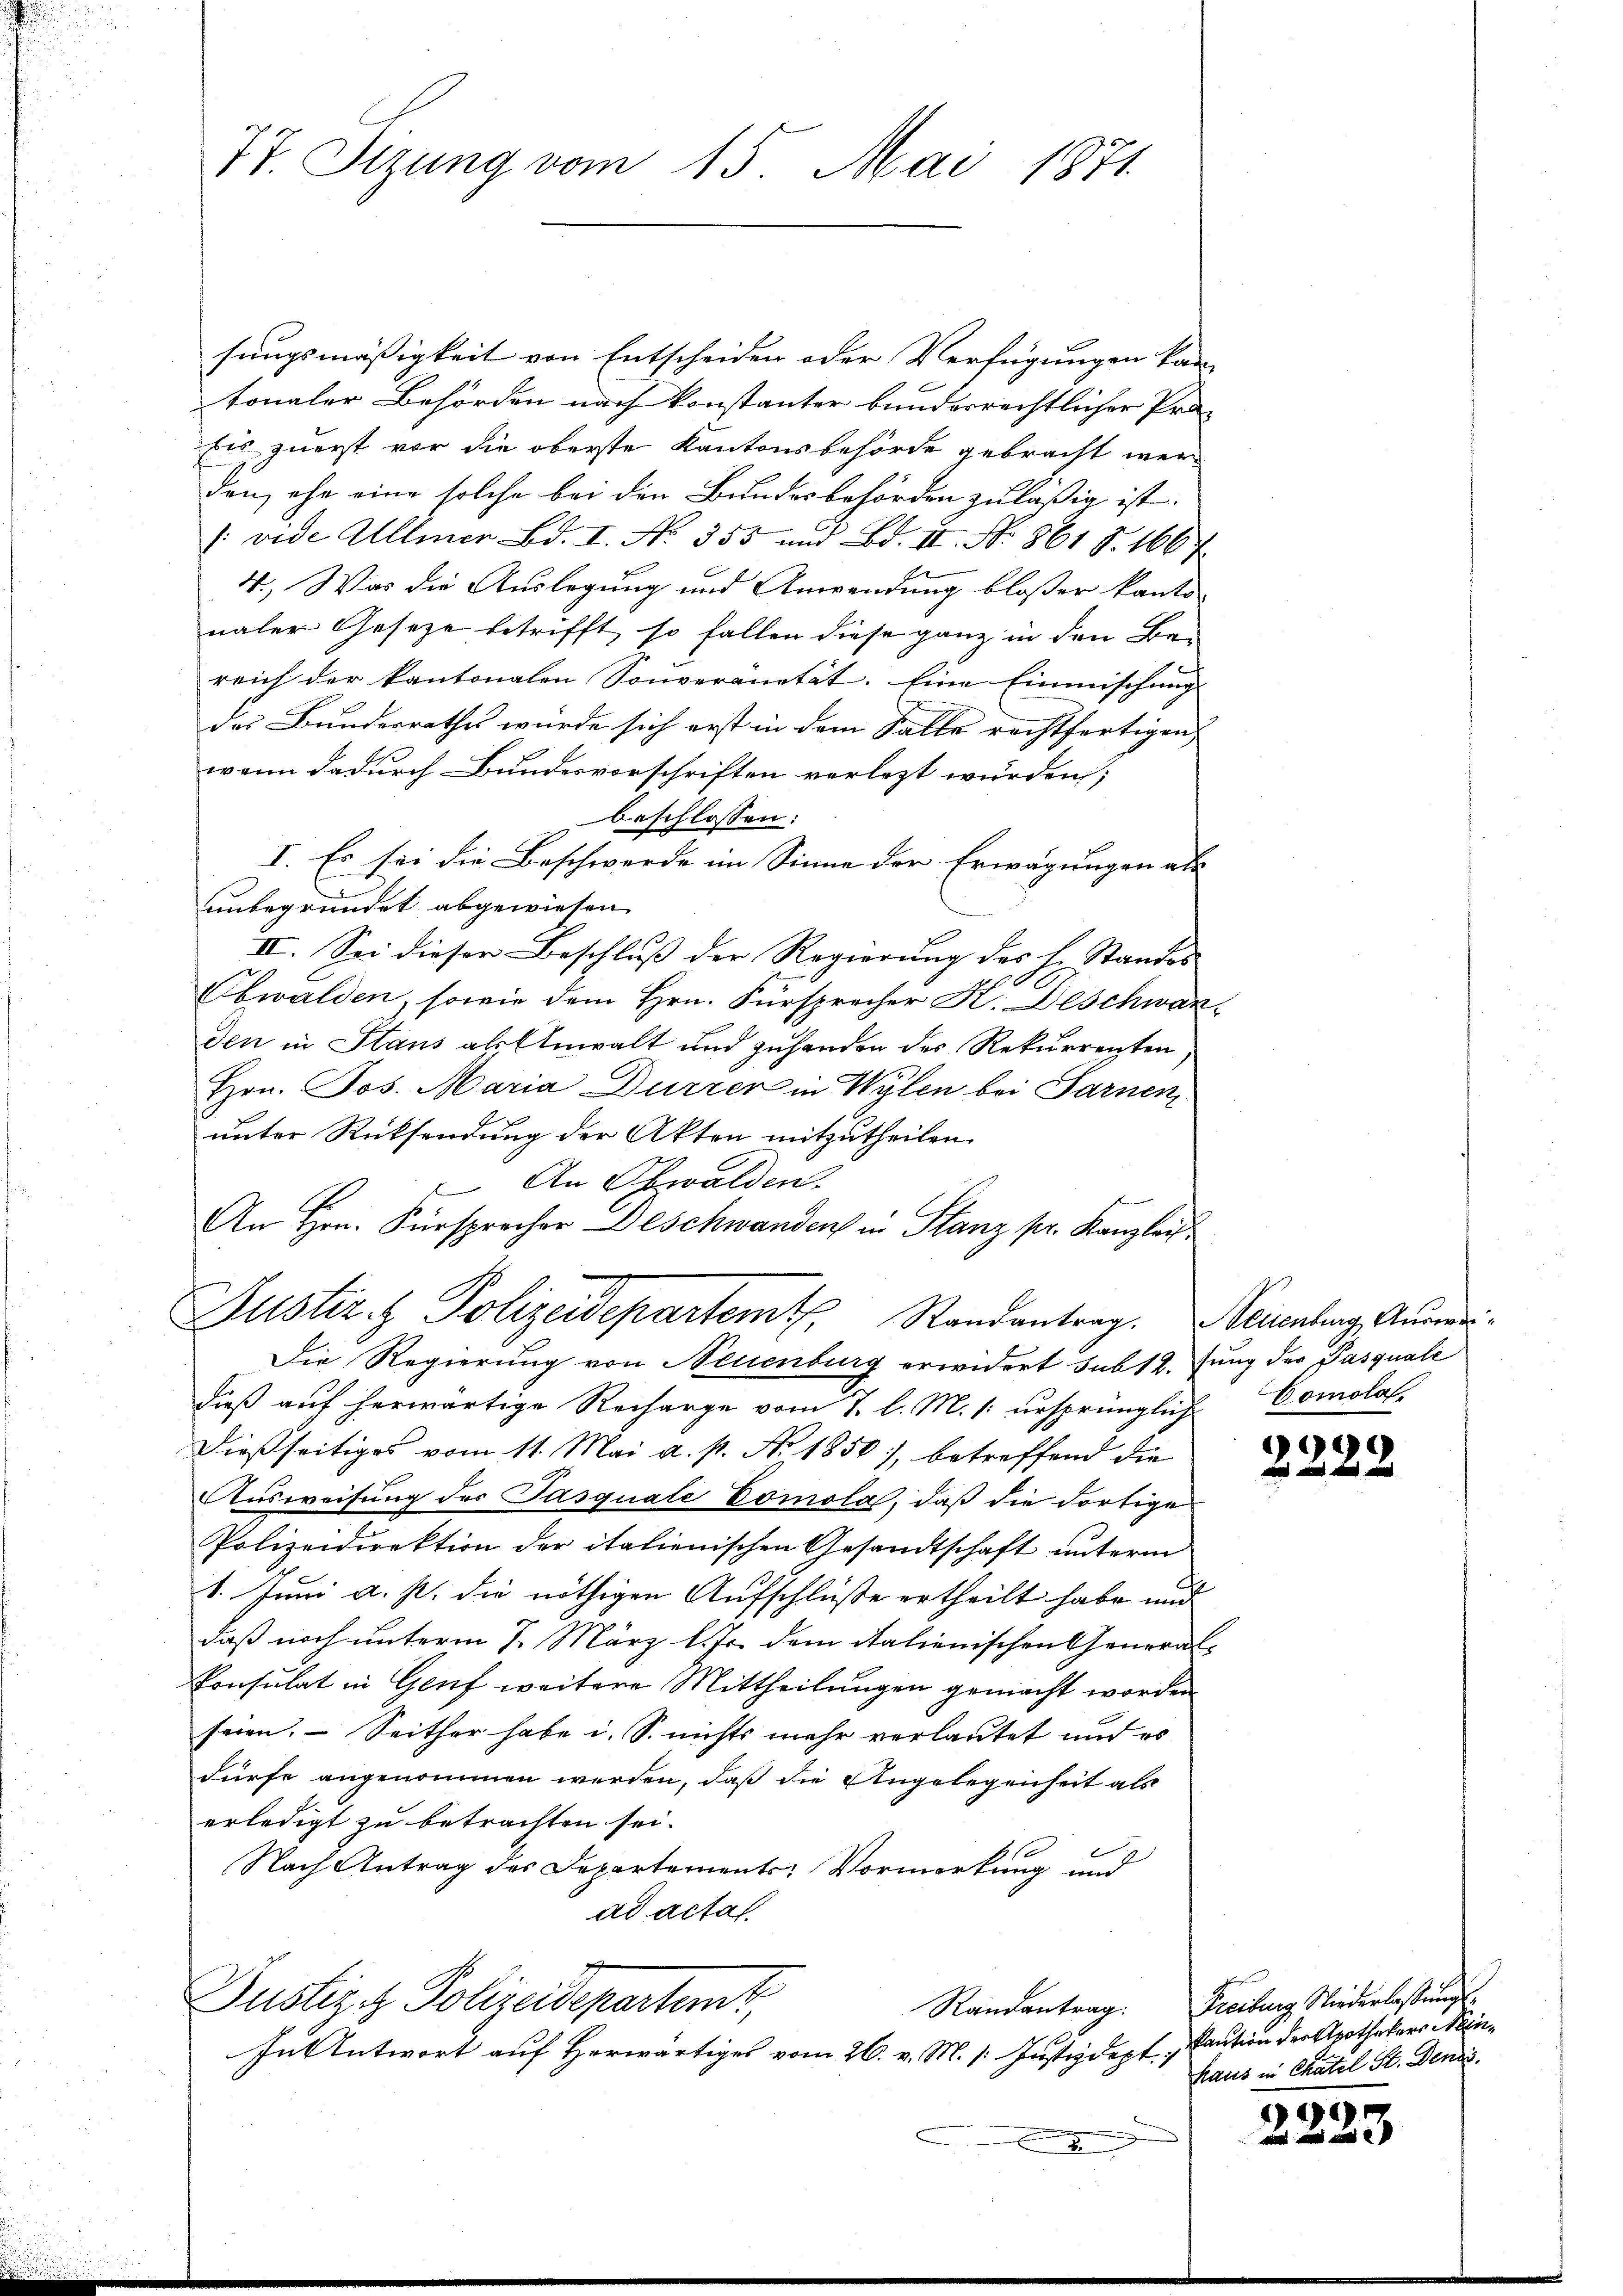
77. Sizung vom 15. Mai 1871

sungsmäßigkeit von Entscheiden oder Verfügungen kan
tonaler Behörden nach konstanter bundesrechtlicher Pro-
bis zuerst vor die oberste Kantonsbehörde gebracht werden, ehe eine solche bei den Bundesbehörden zuläßig ist.
/: vide Allmer Bd. I. No. 355 und Bd. II. No. 861 S. 166
4.) Was die Auslegung und Anwendung blosser kanto-
naler Gesetze betrifft, so fallen diese ganz in den Be-
reich der kantonalen Sonveränität. Eine Einmischung
des Bundesrathes würde sich erst in dem Salle rechtfertigen,
wenn dadurch Bundesvorschriften verlezt würden;
beschlossen:
I. Es sei die Beschwerde im Sinne der Erwägungen als
unbegründet abgewiesen.
III. Sei dieser Beschluß der Regierung des H. Standes
Obwalden, sowie dem Hrn. Fürsprecher K. Deschwärden in Staus als Anwalt und zuhanden des Rekurrenten,
Hrn. Jos. Maria Dürrer in Wylen bei Sarnen,
unter Rücksendung der Akten mitzutheilen.
An Schwalden.
An Hrn. Fürsprecher Deschwanden in Stanz pr. Kanzlei
Justiz- & Polizeidepartemt. Randantrag. Neicklung Auswei¬
Die Regierung von Neuenburg erwidert sub 12. Jung der Pasquali
dieß auf herwärtige Recharge vom 7. l. M. /: ursprünglich
dießseitiges vom 11. Mai a. p. No. 1850), betreffend die
Ausweisung des Pasquale Comola, daß die dortige
Polizeidirektion der italienischen Gesandtschaft unterm
1. Juni a. p. die nöthigen Aufschluße ertheilt habe und
daß noch unterm 7. März l. Js. dem italienischen Generalkonsulat in Genf weitere Mittheilungen gemacht worden
seien. – Seither habe i. S. nichts mehr verlautet und es
dürfe angenommen werden, daß die Angelegenheit als
erledigt zu betrachten sei.
Nach Antrag des Departements-Vormerkung und
ad actat
Justiziz Polizeidepartemt,
Randantrag.
Jn Antwort auf Herwärtiges vom 26. v. M. /: Justizdept.

Bomola.

99
 und und

Freiburg, Niederlassungskaution der Apothekers Neinhaus in Chatel St. Denis

)
2223